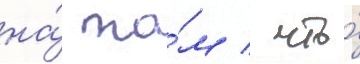
на́ то́м / что́